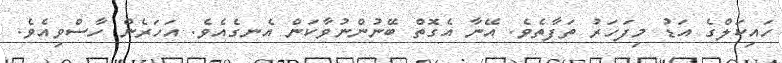
ހައިކަލްގެ އަޑު މިފަހަރު ތަފާތެވެ. އޭނާ އެގޮތް ބޭނުންނުވާކަން އެނގެއެވެ. އަހަރެން ހާސްވިއެވެ.